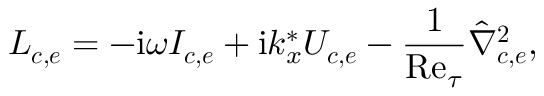
\boldsymbol { L _ { c , e } } = - \mathrm { i } \omega \boldsymbol { I _ { c , e } } + \mathrm { i } k _ { x } ^ { * } \boldsymbol { U _ { c , e } } - \frac { 1 } { \mathrm { R e } _ { \tau } } \boldsymbol { \hat { \nabla } _ { c , e } ^ { 2 } } ,